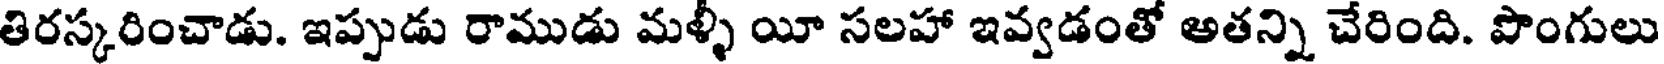
తిరస్కరించాడు. ఇప్పుడు రాముడు మళ్ళీ యీ సలహా ఇవ్వడంతో అతన్ని చేరింది. పొంగులు